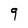
Character: 9